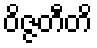
ဝိဇ္ဇတီတိ